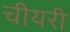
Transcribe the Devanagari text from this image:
चीयरी